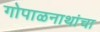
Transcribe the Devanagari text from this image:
गोपाळनाथांचा